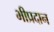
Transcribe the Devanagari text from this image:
भीप्रदान